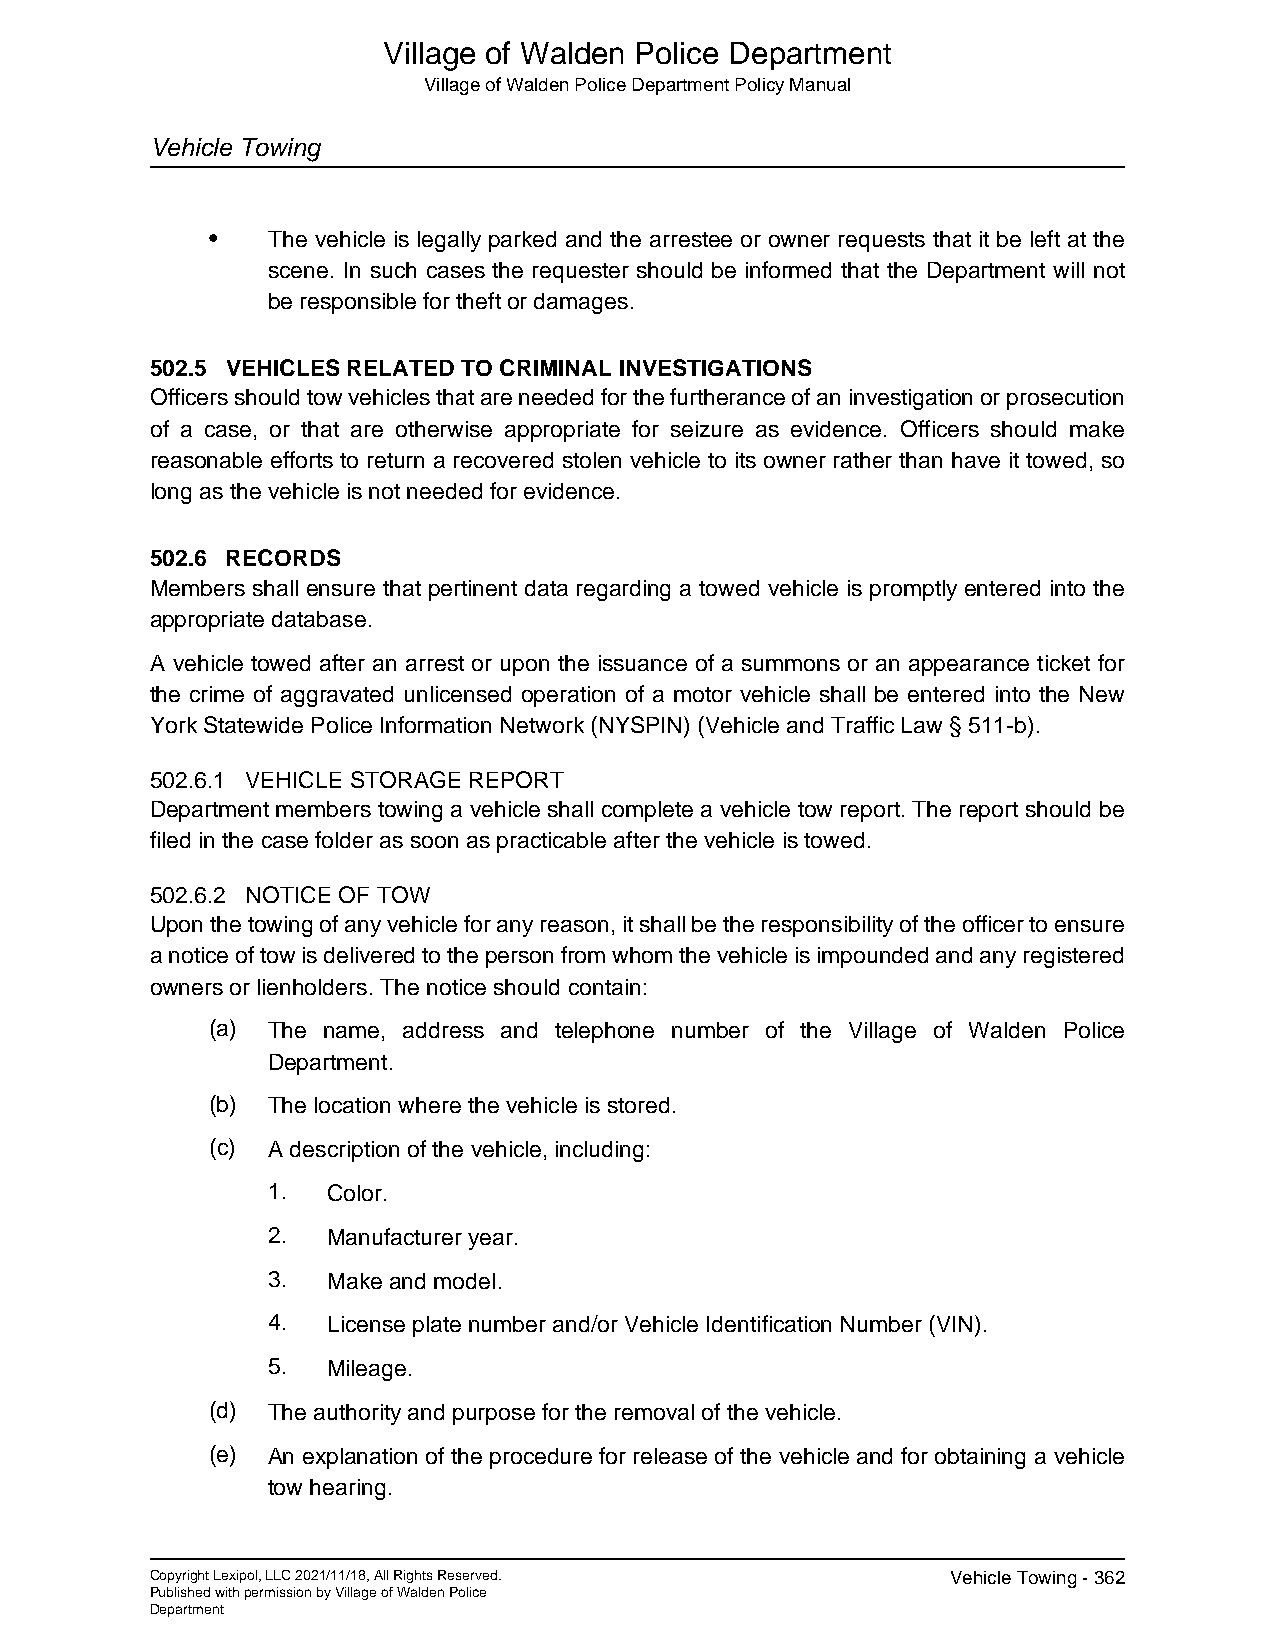
Village of Walden Police Department
 Village of Walden Police Department Policy Manual
 Vehicle Towing
 •   The vehicle is legally parked and the arrestee or owner requests that it be left at the
 scene. In such cases the requester should be informed that the Department will not
 be responsible for theft or damages.
 502.5 VEHICLES RELATED TO CRIMINAL INVESTIGATIONS
 Officers should tow vehicles that are needed for the furtherance of an investigation or prosecution
 of a case, or that are otherwise appropriate for seizure as evidence. Officers should make
 reasonable efforts to return a recovered stolen vehicle to its owner rather than have it towed, so
 long as the vehicle is not needed for evidence.
 502.6 RECORDS
 Members shall ensure that pertinent data regarding a towed vehicle is promptly entered into the
 appropriate database.
 A vehicle towed after an arrest or upon the issuance of a summons or an appearance ticket for
 the crime of aggravated unlicensed operation of a motor vehicle shall be entered into the New
 York Statewide Police Information Network (NYSPIN) (Vehicle and Traffic Law § 511-b).
 502.6.1 VEHICLE STORAGE REPORT
 Department members towing a vehicle shall complete a vehicle tow report. The report should be
 filed in the case folder as soon as practicable after the vehicle is towed.
 502.6.2 NOTICE OF TOW
 Upon the towing of any vehicle for any reason, it shall be the responsibility of the officer to ensure
 a notice of tow is delivered to the person from whom the vehicle is impounded and any registered
 owners or lienholders. The notice should contain:
 (a) The name, address and telephone number of the Village of Walden Police
 Department.
 (b) The location where the vehicle is stored.
 (c) A description of the vehicle, including:
 1.  Color.
 2.  Manufacturer year.
 3.  Make and model.
 4.  License plate number and/or Vehicle Identification Number (VIN).
 5.  Mileage.
 (d) The authority and purpose for the removal of the vehicle.
 (e) An explanation of the procedure for release of the vehicle and for obtaining a vehicle
 tow hearing.
 Copyright Lexipol, LLC 2021/11/18, All Rights Reserved. Vehicle Towing - 362
 Published with permission by Village of Walden Police
 Department